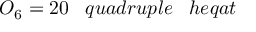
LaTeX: O _ { 6 } = 2 0 \; \; \; q u a d r u p l e \; \; \; h e q a t